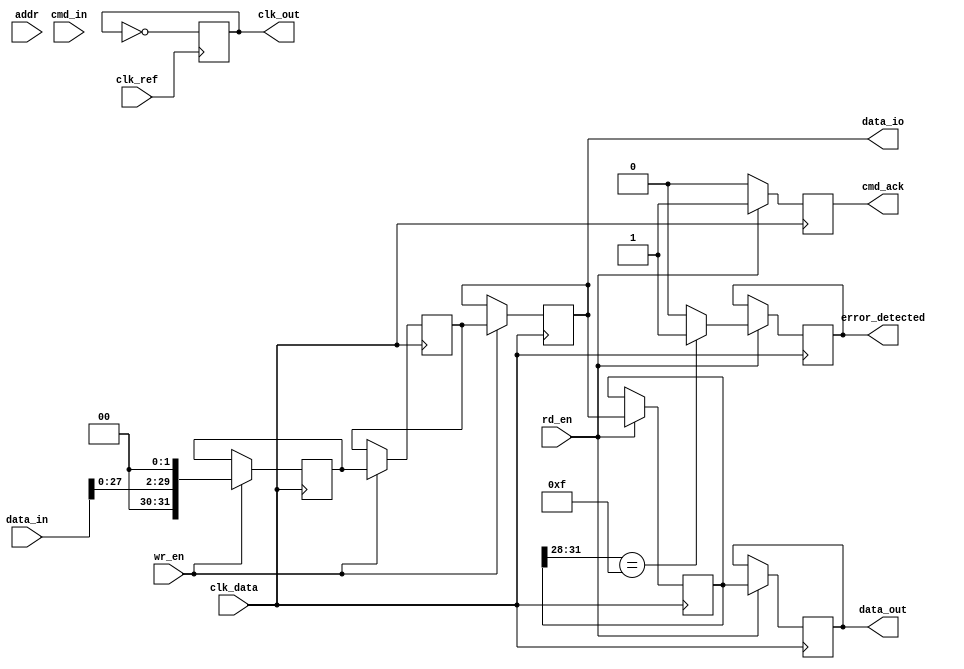
module gddr5_io_block (
    input wire clk_ref,           // Reference clock input
    input wire clk_data,          // Data clock input
    input wire [31:0] data_in,    // Data input for Tx
    input wire [31:0] cmd_in,     // Command input
    input wire rd_en,             // Read enable signal
    input wire wr_en,             // Write enable signal
    input wire [15:0] addr,       // Address input
    output reg [31:0] data_out,   // Data output from Rx
    output reg cmd_ack,           // Command acknowledgment
    output reg error_detected,     // Error detection signal
    output wire [31:0] data_io,   // Data I/O buffer
    output wire clk_out           // Output clock for data
);

// Internal signals
reg [31:0] tx_data;              // Data to be transmitted
reg [31:0] rx_data;              // Data received
wire clk_gen;                    // Generated clock signal
reg [31:0] encoded_data;         // Encoded data for transmission

// Clock Generator
always @(posedge clk_ref) begin
    // Simple clock generation logic for demonstration
    clk_out <= ~clk_out; // Toggle clock output
end

// Transmitter (Tx)
always @(posedge clk_data) begin
    if (wr_en) begin
        // Simple 8b/10b encoding (placeholder)
        encoded_data <= {data_in[27:0], 2'b00}; // Example encoding
        tx_data <= encoded_data;
        data_io <= tx_data; // Drive data lines
    end
end

// Receiver (Rx)
always @(posedge clk_data) begin
    if (rd_en) begin
        rx_data <= data_io; // Capture incoming data
        // Simple error detection (placeholder)
        if (rx_data[31:28] == 4'b1111) begin
            error_detected <= 1; // Example error condition
        end else begin
            error_detected <= 0;
        end
        data_out <= rx_data; // Output received data
        cmd_ack <= 1; // Acknowledge command
    end else begin
        cmd_ack <= 0; // De-assert command acknowledgment
    end
end

// Control Logic (simplified state machine)
always @(posedge clk_ref) begin
    // Control logic for handling commands (placeholder)
    if (wr_en) begin
        // Handle write command
    end else if (rd_en) begin
        // Handle read command
    end
end

endmodule